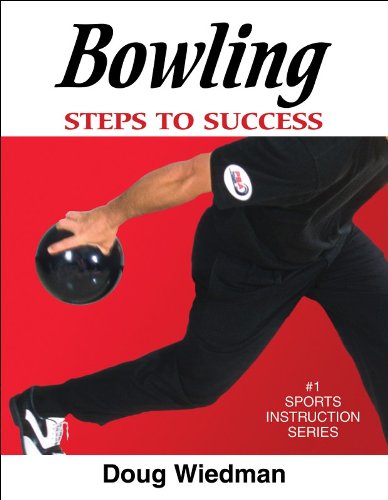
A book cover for Bowling: Steps to Success; Douglas Wiedman; Sports & Outdoors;